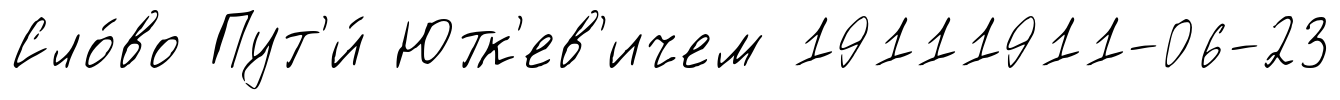
Сло́во Пут'и́ Ютк'ев'ичем 19111911-06-23